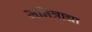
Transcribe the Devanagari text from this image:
जनित्राचा